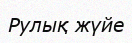
Рулық жүйе